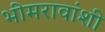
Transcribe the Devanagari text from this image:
भीमरावांशी